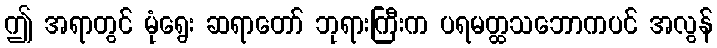
ဤ အရာတွင် မုံရွေး ဆရာတော် ဘုရားကြီးက ပရမတ္ထသဘောကပင် အလွန်